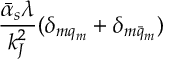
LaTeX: { \frac { \bar { \alpha } _ { s } \lambda } { k _ { J } ^ { 2 } } } ( \delta _ { m q _ { m } } + \delta _ { m \bar { q } _ { m } } )